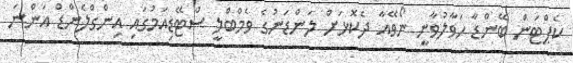
ކެޕްޓަން ބޭންޑާ ހަވާލުވާނީ ނޯވޭއާ ދެކޮޅަށް ލަންޑަނުގެ ވެމްބްލީ ސްޓޭޑިއަމުގައި އިންގްލެންޑް އަންނަ